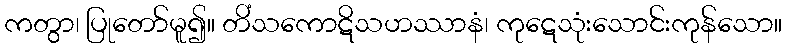
ကတွာ၊ ပြုတော်မူ၍။ တိံသကောဋိသဟဿာနံ၊ ကုဋေသုံးသောင်းကုန်သော။